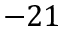
- 2 1